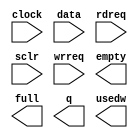
module small_fifo_test (
	clock,
	data,
	rdreq,
	sclr,
	wrreq,
	empty,
	full,
	q,
	usedw);

	input	  clock;
	input	[31:0]  data;
	input	  rdreq;
	input	  sclr;
	input	  wrreq;
	output	  empty;
	output	  full;
	output	[31:0]  q;
	output	[4:0]  usedw;

endmodule